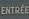
entree